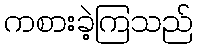
ကစားခဲ့ကြသည်